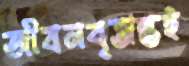
জীবনবৃত্তান্তই